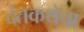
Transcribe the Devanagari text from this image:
दंतकथेचा